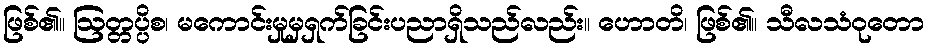
ဖြစ်၏။ ဩတ္တပ္ပိစ၊ မကောင်းမှုမှရှက်ခြင်းပညာရှိသည်လည်း။ ဟောတိ၊ ဖြစ်၏။ သီလသံဝုတော